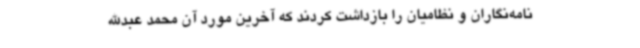
نامه‌نگاران و نظامیان را بازداشت کردند که آخرین مورد آن محمد عبدالله